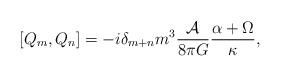
LaTeX: \begin{align*}\left[Q_{m} ,Q_{n} \right] = - i \delta _{m+n}m^{3} \frac{{\cal A}}{8\pi G} \frac{\alpha +\Omega }{\kappa},\end{align*}